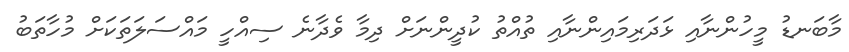
މާބަނޑު މީހުންނާއި ޅަދަރިމައިންނާއި ތުއްތު ކުދީންނަށް ދިމާ ވެދާނެ ސިއްހީ މައްސަލަތަކަށް މުހާތަބު